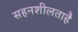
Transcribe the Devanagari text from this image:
सहनशीलताहै